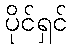
ပိုင်ရှင်